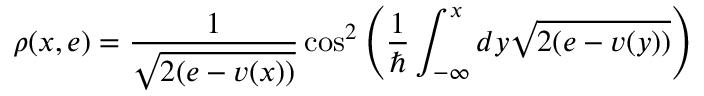
\rho ( x , e ) = \frac { 1 } { \sqrt { 2 ( e - v ( x ) ) } } \cos ^ { 2 } \left( \frac { 1 } { \hbar } \int _ { - \infty } ^ { x } d y \sqrt { 2 ( e - v ( y ) ) } \right)